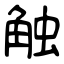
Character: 触